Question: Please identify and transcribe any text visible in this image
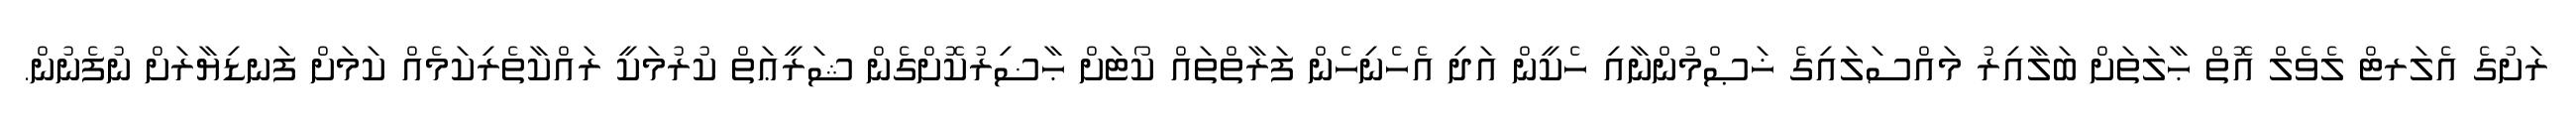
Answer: ރަށުގެ އެލަރޓް ލެވެލް އޮތް ޙާލަތަށް ބަލާއިރު މައްސަލައިގެ ޚަޞްމުންނާއި ހެކީން އަދި އެހެނިހެން ފަރާތްތައް ކޯޓަށް ޙާޟިރުކޮށްގެން ޝަރީޢަތް ކުރުމަކީ ރައްކާތެރިކަމެއް ކަމަށް ފަނޑިޔާރަށް ނުފެނުން.